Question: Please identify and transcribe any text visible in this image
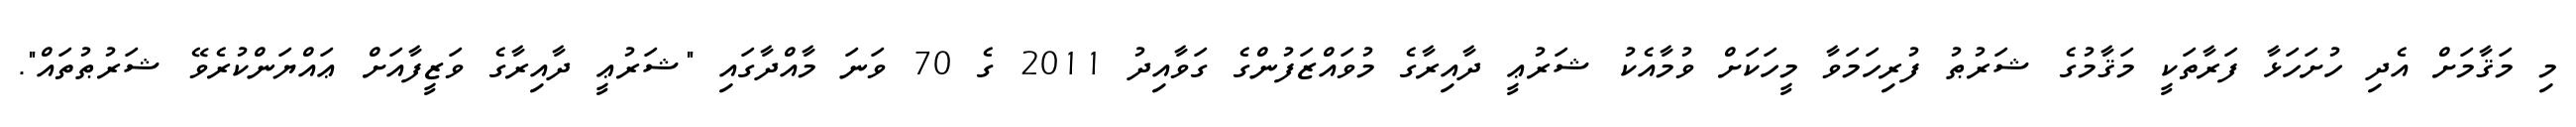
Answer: މި މަޤާމަށް އެދި ހުށަހަޅާ ފަރާތަކީ މަޤާމުގެ ޝަރުޠު ފުރިހަމަވާ މީހަކަށް ވުމާއެކު ޝަރުޢީ ދާއިރާގެ މުވައްޒަފުންގެ ގަވާއިދު 2011 ގެ 70 ވަނަ މާއްދާގައި "ޝަރުޢީ ދާއިރާގެ ވަޒީފާއަށް ޢައްޔަންކުރެވޭ ޝަރުޠުތައް".